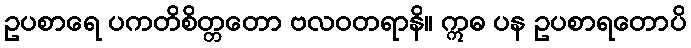
ဥပစာရေ ပကတိစိတ္တတော ဗလဝတရာနိ။ ဣဓ ပန ဥပစာရတောပိ